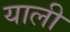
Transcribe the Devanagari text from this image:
याली